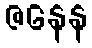
ဇနေန